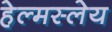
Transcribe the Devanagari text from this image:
हेल्मस्लेय